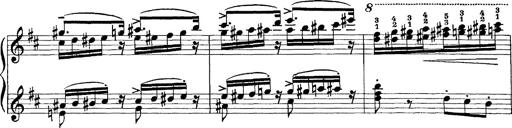
Title: Scherzo und Marsch
Composer: Franz Liszt